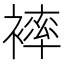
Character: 𧜠